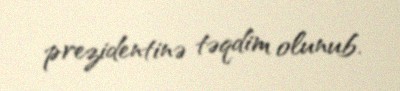
prezidentinə təqdim olunub.